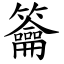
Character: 籥